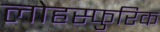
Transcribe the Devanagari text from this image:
लोहस्फुरिक